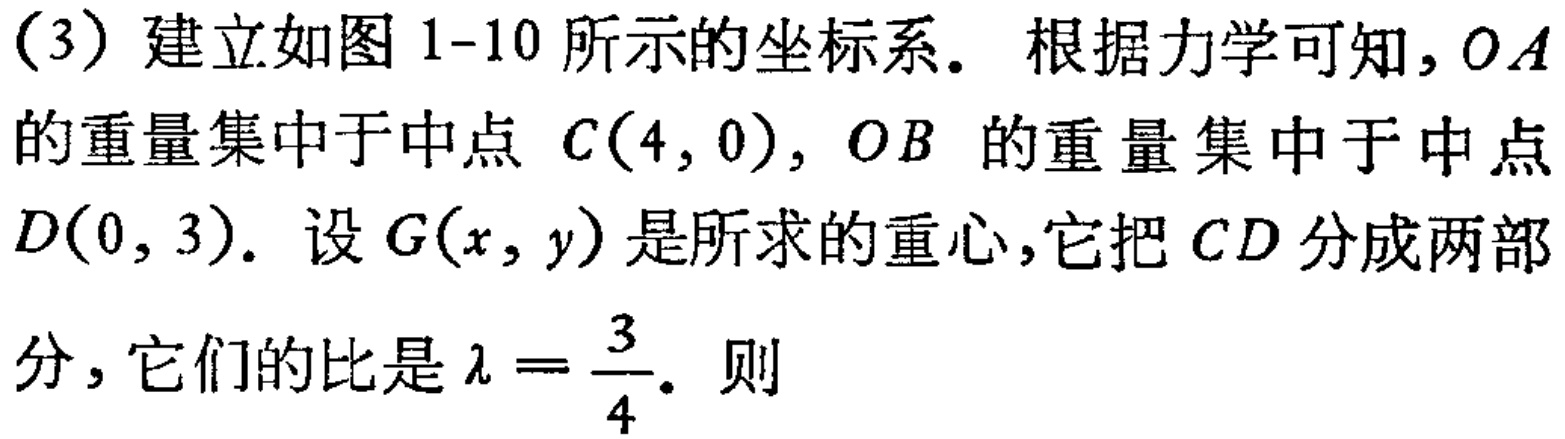
（3）建立如图 1-10 所示的坐标系。根据力学可知，$OA$的重量集中于中点 $C(4,0)$，$OB$ 的重量集中于中点$D(0,3)$。设 $G(x,y)$ 是所求的重心，它把 $CD$ 分成两部分，它们的比是 $\lambda = \frac{3}{4}$。则